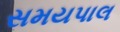
સમયપાલ